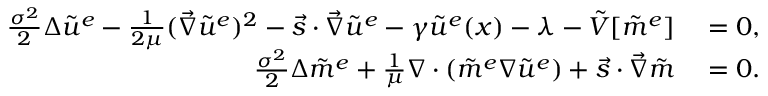
\begin{array} { r l } { \frac { \sigma ^ { 2 } } { 2 } \Delta { \tilde { u } ^ { e } } - \frac { 1 } { 2 \mu } ( \vec { \nabla } \tilde { u } ^ { e } ) ^ { 2 } - \vec { s } \cdot \vec { \nabla } \tilde { u } ^ { e } - \gamma \tilde { u } ^ { e } ( x ) - \lambda - \Tilde { V } [ \tilde { m } ^ { e } ] } & { { } = 0 , } \\ { \frac { \sigma ^ { 2 } } { 2 } \Delta \tilde { m } ^ { e } + \frac { 1 } { \mu } \nabla \cdot ( \tilde { m } ^ { e } \nabla \tilde { u } ^ { e } ) + \vec { s } \cdot \vec { \nabla } \tilde { m } } & { { } = 0 . } \end{array}